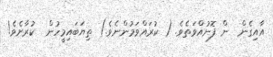
އާއިގެން  ން ފޮނުއްވަތެވެ. ( ކުރައްވަމުންނެވެ.) ތިޔަބައިމީހުން  ކުރާށެވެ!